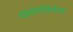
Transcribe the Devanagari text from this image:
परस्परसंबंधांचा